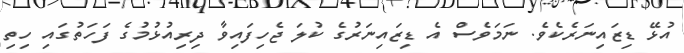
އުޅޭ ޑިޒައިނަރެކެވެ. ނަމަވެސް އެ ޑިޒައިނަރުގެ ކުލަ ޖެހިފައިވާ ދިރިއުޅުމުގެ ފަހަތުގައި ހިތި